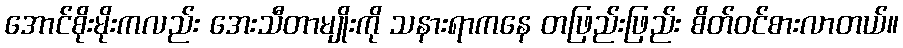
အောင်စိုးမိုးကလည်း အေးသီတာမျိုးကို သနားရာကနေ တဖြည်းဖြည်း စိတ်ဝင်စားလာတယ်။